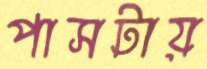
পাসটায়